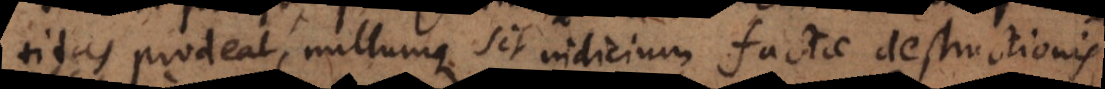
titas prodeat, nullumque sit indicium factae destructionis.